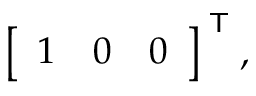
{ \left[ \begin{array} { l l l } { 1 } & { 0 } & { 0 } \end{array} \right] } ^ { \textsf { T } } ,